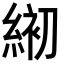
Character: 𦁅